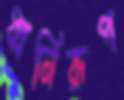
ধ্বনিরূপ